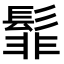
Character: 𮫊